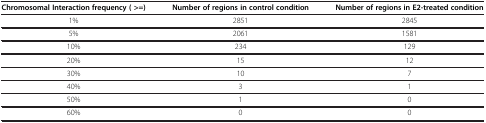
<table><thead><tr><td><b>Chromosomal Interaction frequency ( &gt;=)</b></td><td><b>Number of regions in control condition</b></td><td><b>Number of regions in E2-treated condition</b></td></tr></thead><tbody><tr><td>1%</td><td>2851</td><td>2845</td></tr><tr><td>5%</td><td>2061</td><td>1581</td></tr><tr><td>10%</td><td>234</td><td>129</td></tr><tr><td>20%</td><td>15</td><td>12</td></tr><tr><td>30%</td><td>10</td><td>7</td></tr><tr><td>40%</td><td>3</td><td>1</td></tr><tr><td>50%</td><td>1</td><td>0</td></tr><tr><td>60%</td><td>0</td><td>0</td></tr></tbody></table>